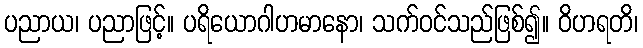
ပညာယ၊ ပညာဖြင့်။ ပရိယောဂါဟမာနော၊ သက်ဝင်သည်ဖြစ်၍။ ဝိဟရတိ၊